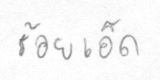
ร้อยเอ็ด